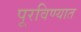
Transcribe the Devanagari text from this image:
पूरविण्यात